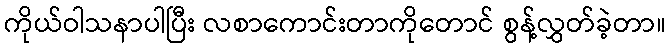
ကိုယ်ဝါသနာပါပြီး လစာကောင်းတာကိုတောင် စွန့်လွှတ်ခဲ့တာ။